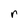
Character: r